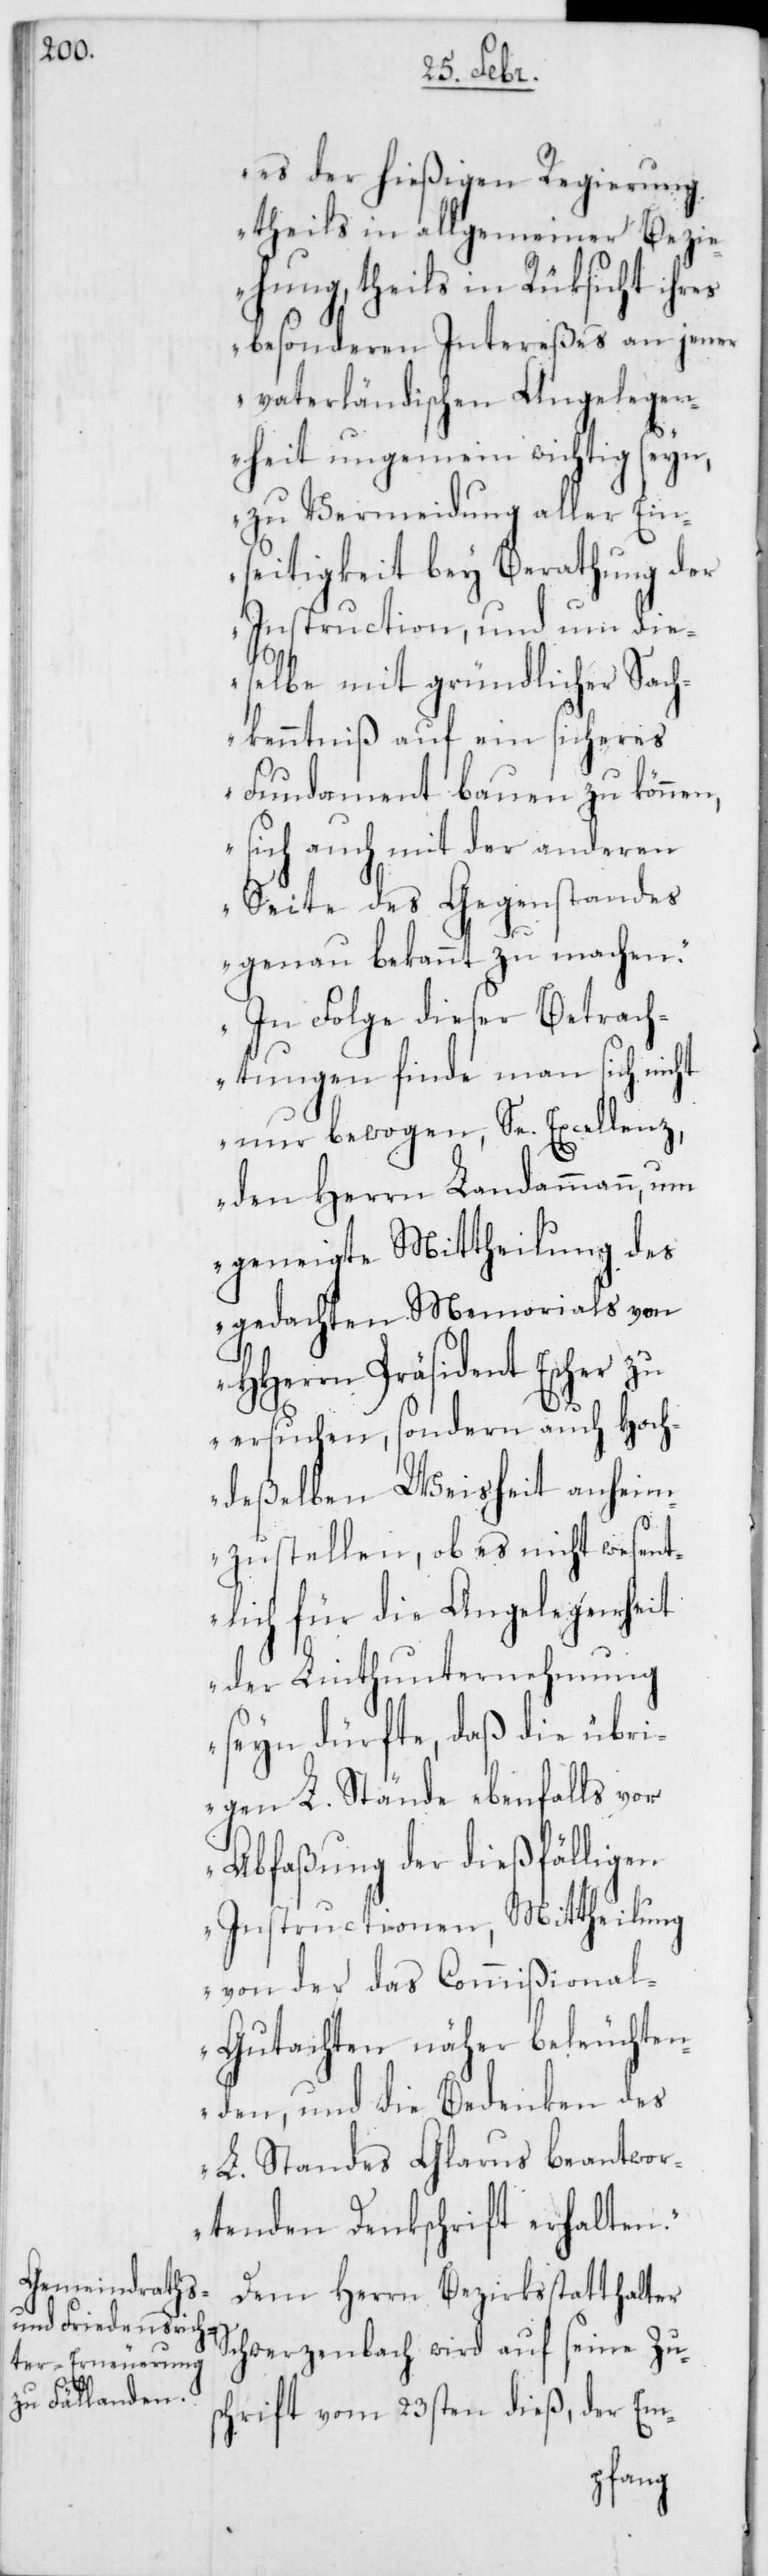
es der hießigen Regierung
theils in allgemeiner Bezie¬
hung, theils in Rüksicht ihres
besonderen Intereßes an jener
vaterländischen Angelegen¬
heit ungemein wichtig seyn,
zu Vermeidung aller Ein¬
seitigkeit bey Berathung der
Instruction, und um die¬
selbe mit gründlicher Sach¬
kenntniß auf ein sicheres
Fundament bauen zu können,
sich auch mit der anderen
Seite des Gegenstandes
genau bekannt zu machen.
In Folge dieser Betrach¬
tungen finde man sich nicht
nur bewogen, Se. Excellenz,
den Herrn Landammann, um
geneigte Mittheilung des
gedachten Memorials von
HHerren Präsident Escher zu
ersuchen, sondern auch Hoch¬
deßelben Weisheit anheim¬
zustellen, ob es nicht wesent¬
lich für die Angelegenheit
der Linthunternehmung
seyn dürfte, daß die übri¬
gen L. Stände ebenfalls vor
Abfaßung der dießfälligen
Instructionen, Mittheilung
von der das Commißiona¬
l-Gutachten näher beleuchten¬
den, und die Bedenken des
L. Standes Glarus beantwor¬
tenden Denkschrift erhalten.“
Dem Herrn Bezirksstatthalter
Schwerzenbach wird auf seine Zus¬
chrift vom 23sten dieß, der Em-